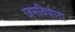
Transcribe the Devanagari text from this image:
जमविणारा